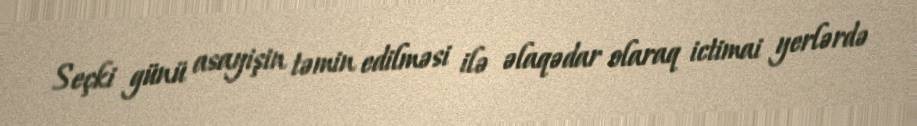
Seçki günü asayişin təmin edilməsi ilə əlaqədar olaraq ictimai yerlərdə